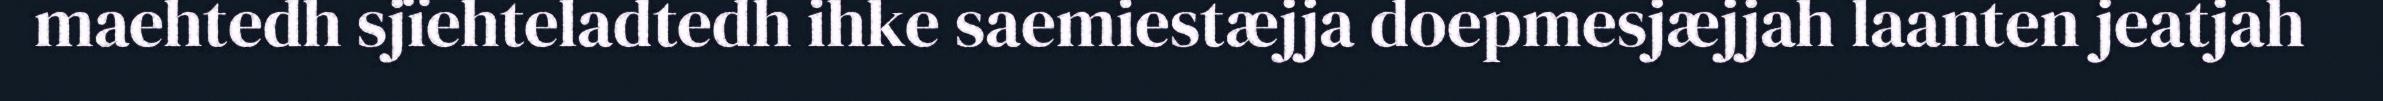
maehtedh sjïehteladtedh ihke saemiestæjja doepmesjæjjah laanten jeatjah